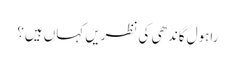
راہول گاندھی کی نظریں کہاں ہیں؟